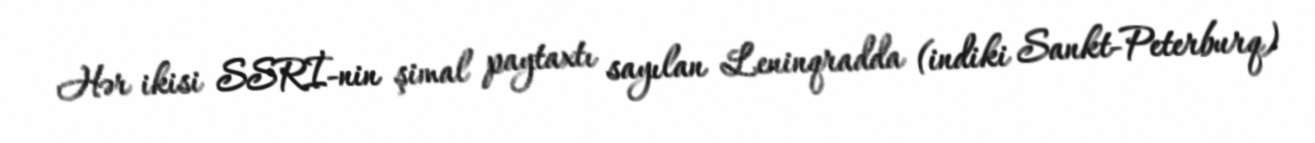
Hər ikisi SSRİ-nin şimal paytaxtı sayılan Leninqradda (indiki Sankt-Peterburq)